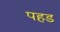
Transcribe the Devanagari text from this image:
पहड